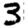
Digit: 3